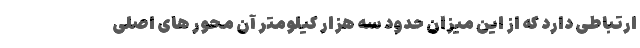
ارتباطی دارد که از این میزان حدود سه هزار کیلومتر آن محور های اصلی